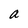
Character: a